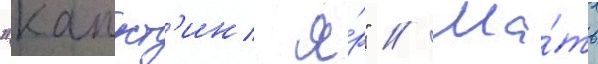
"капуст'ин я́р" // Ма́ть